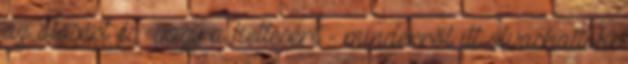
az ötösért és vagy a kettesért - minderről itt olvashattok.